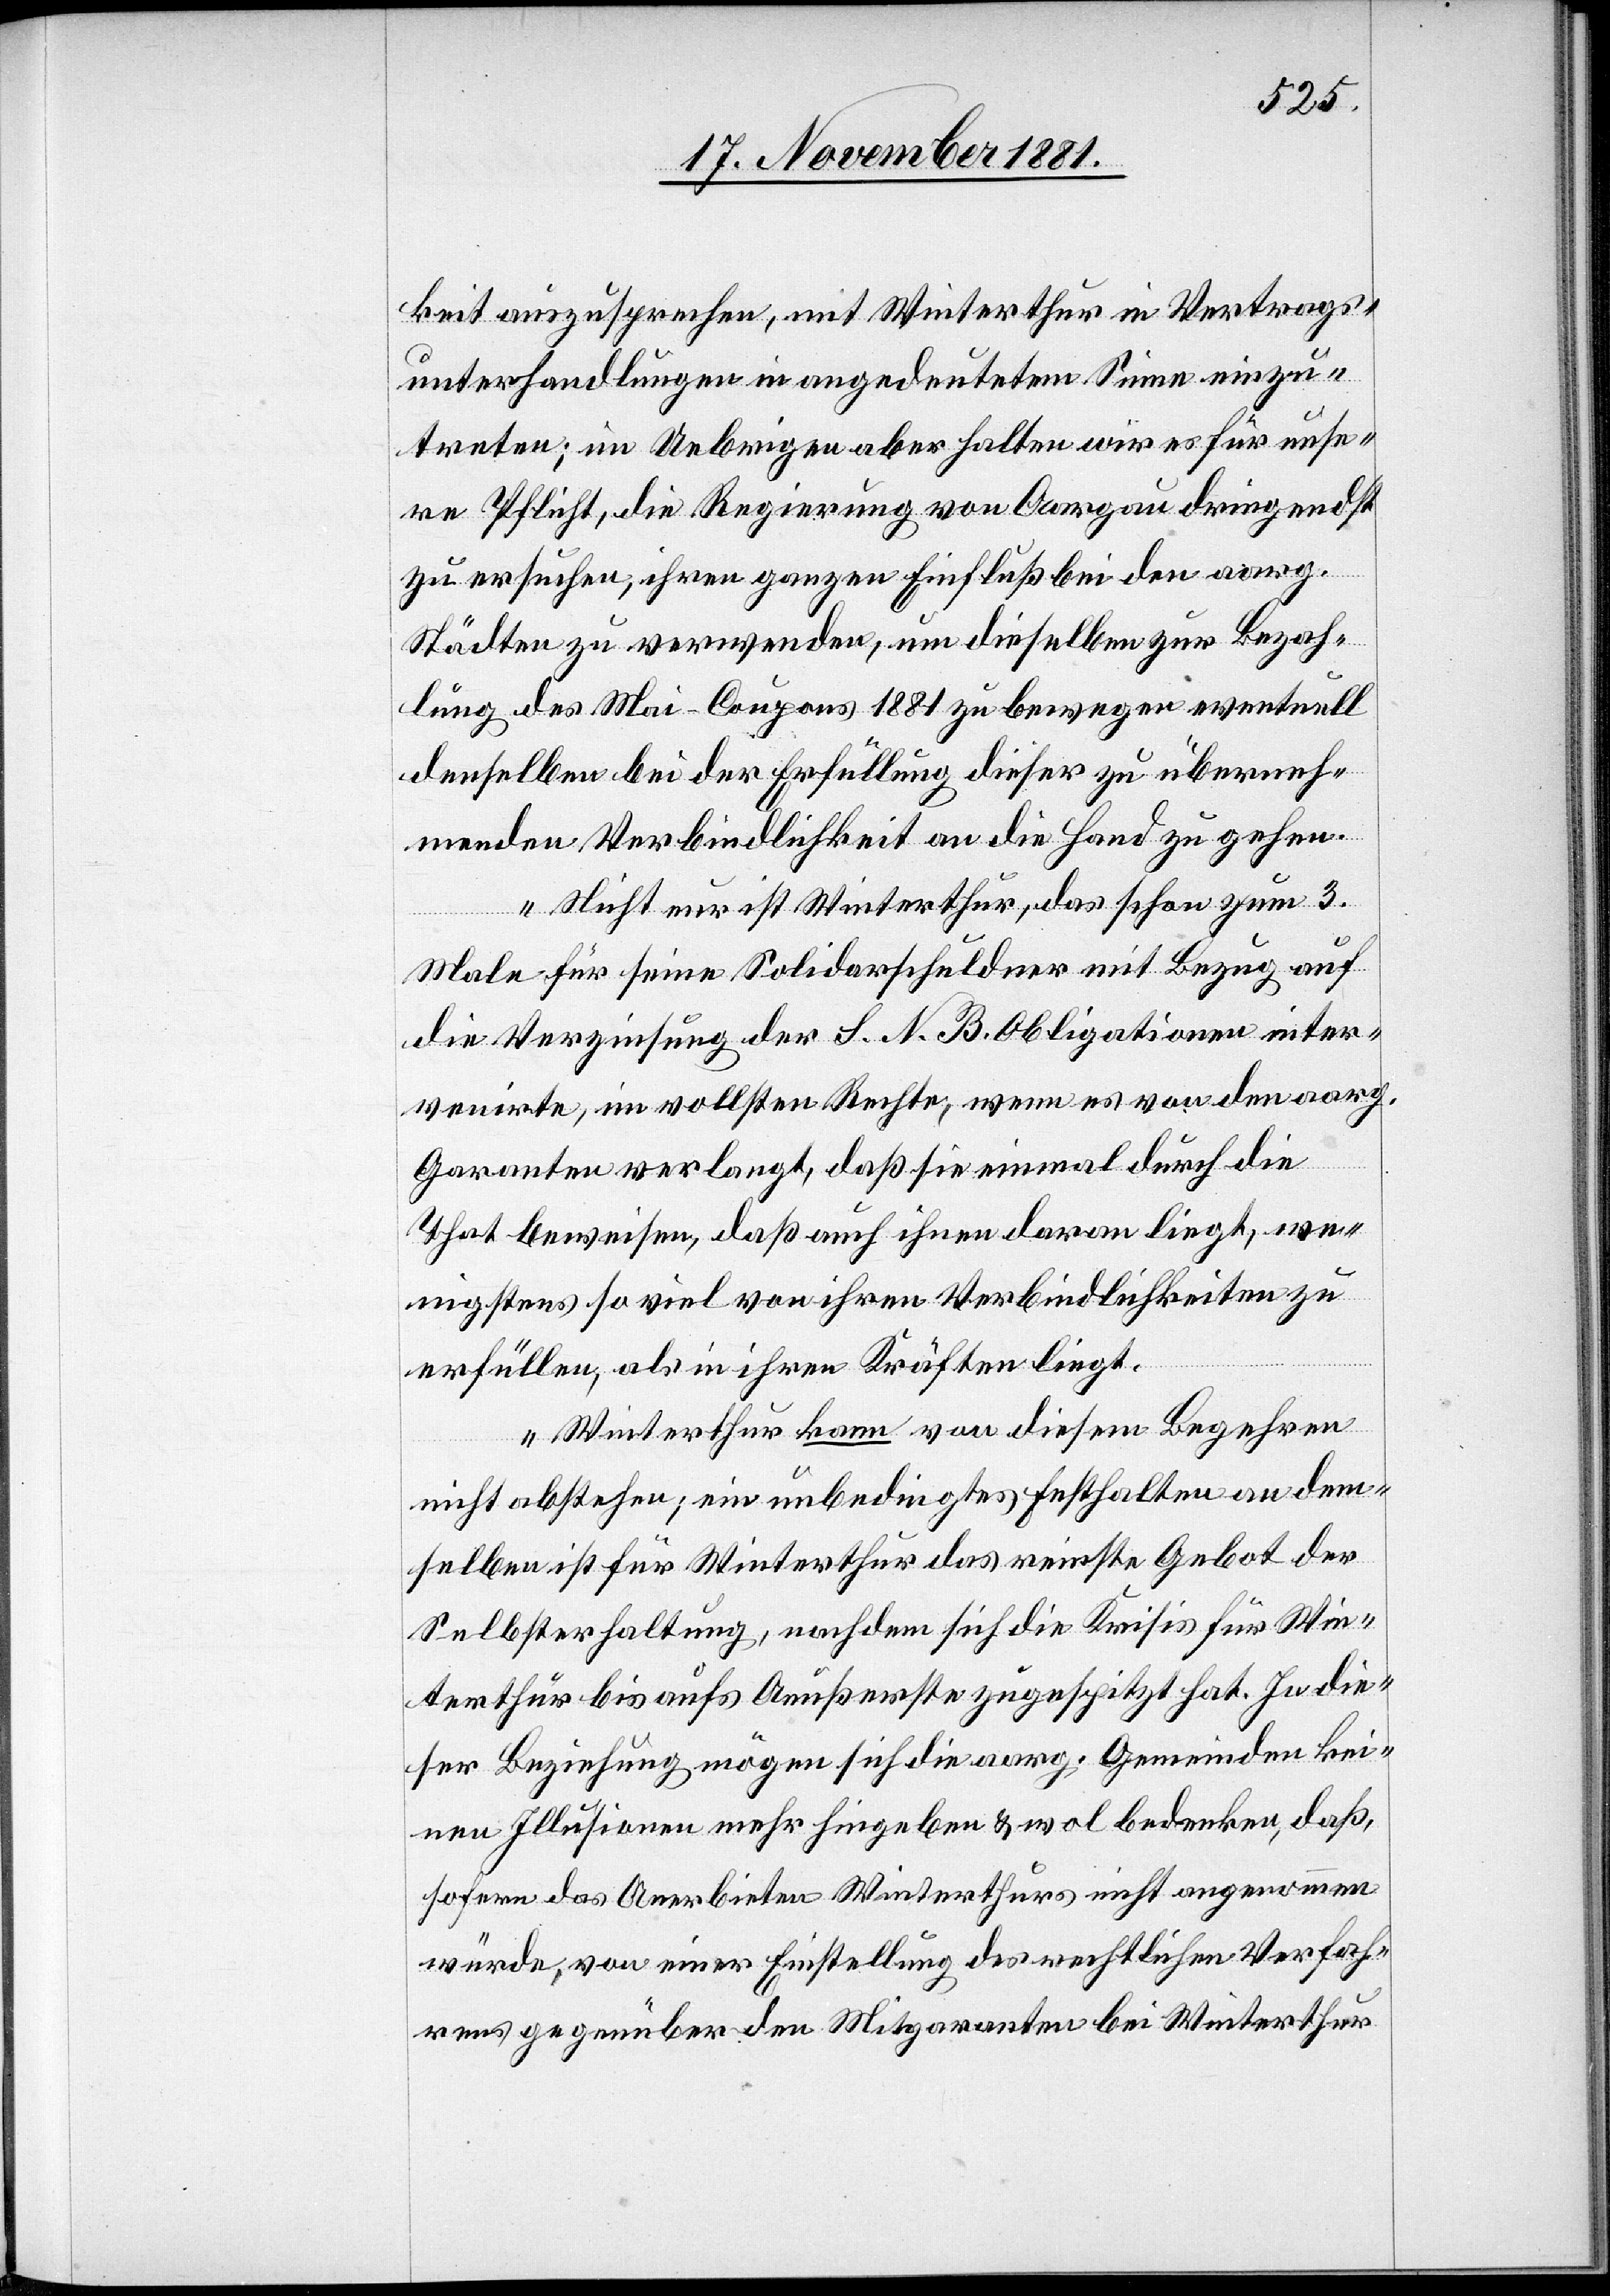
keit auszusprechen, mit Winterthur in Vertrags¬
unterhandlungen in angedeutetem Sinne einzu¬
treten; im Uebrigen aber halten wir es für unse¬
re Pflicht, die Regierung von Aargau dringendst
zu ersuchen, ihren ganzen Einfluß bei den aarg.
Städten zu verwenden, um dieselben zur Bezah¬
lung des Mai-Coupons 1881 zu bewegen eventuell
denselben bei der Erfüllung dieser zu überneh¬
menden Verbindlichkeit an die Hand zu gehen.
Nicht nur ist Winterthur, das schon zum 3.
Male für seine Solidarschuldner mit Bezug auf
die Verzinsung der S. N. B. Obligationen inter¬
venirte, im vollsten Rechte, wenn es von den aarg.
Garanten verlangt, daß sie einmal durch die
That beweisen, daß auch ihnen daran liegt, we¬
nigstens so viel von ihren Verbindlichkeiten zu
erfüllen, als in ihren Kräften liegt.
Winterthur kann von diesem Begehren
nicht abstehen; ein unbedingtes Festhalten an dem¬
selben ist für Winterthur das reinste Gebot der
Selbsterhaltung, nachdem sich die Krisis für Win¬
terthur bis aufs Aeußerste zugespitzt hat. In die¬
ser Beziehung mögen sich die aarg. Gemeinden kei¬
nen Illusionen mehr hingeben & wol bedenken, daß,
sofern das Anerbieten Winterthurs nicht angenommen
würde, von einer Einstellung des rechtlichen Verfah¬
rens gegenüber den Mitgaranten bei Winterthur